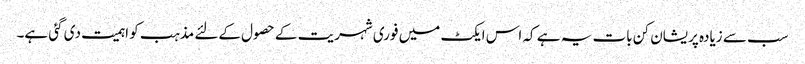
سب سے زیادہ پریشان کن بات یہ ہے کہ اس ایکٹ میں فوری شہریت کے حصول کےلئے مذہب کو اہمیت دی گئی ہے۔